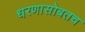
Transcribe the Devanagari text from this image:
धरणासोबतच